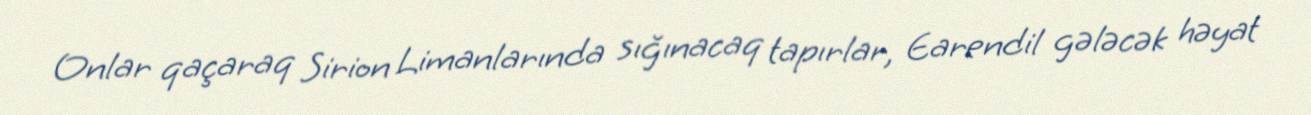
Onlar qaçaraq Sirion Limanlarında sığınacaq tapırlar, Earendil gələcək həyat